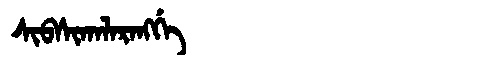
Manchu: ᠰᡳᠪᠰᡳᡴᠠᠯᠠᡵᠠᠩᡤᡝ
Romanization: SIBSIKALARANGGE